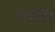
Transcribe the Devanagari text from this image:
नाप्रियं